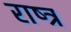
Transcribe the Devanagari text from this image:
राष्त्र